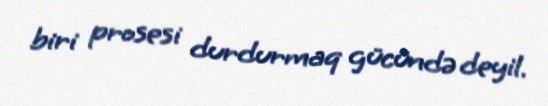
biri prosesi durdurmaq gücündə deyil.